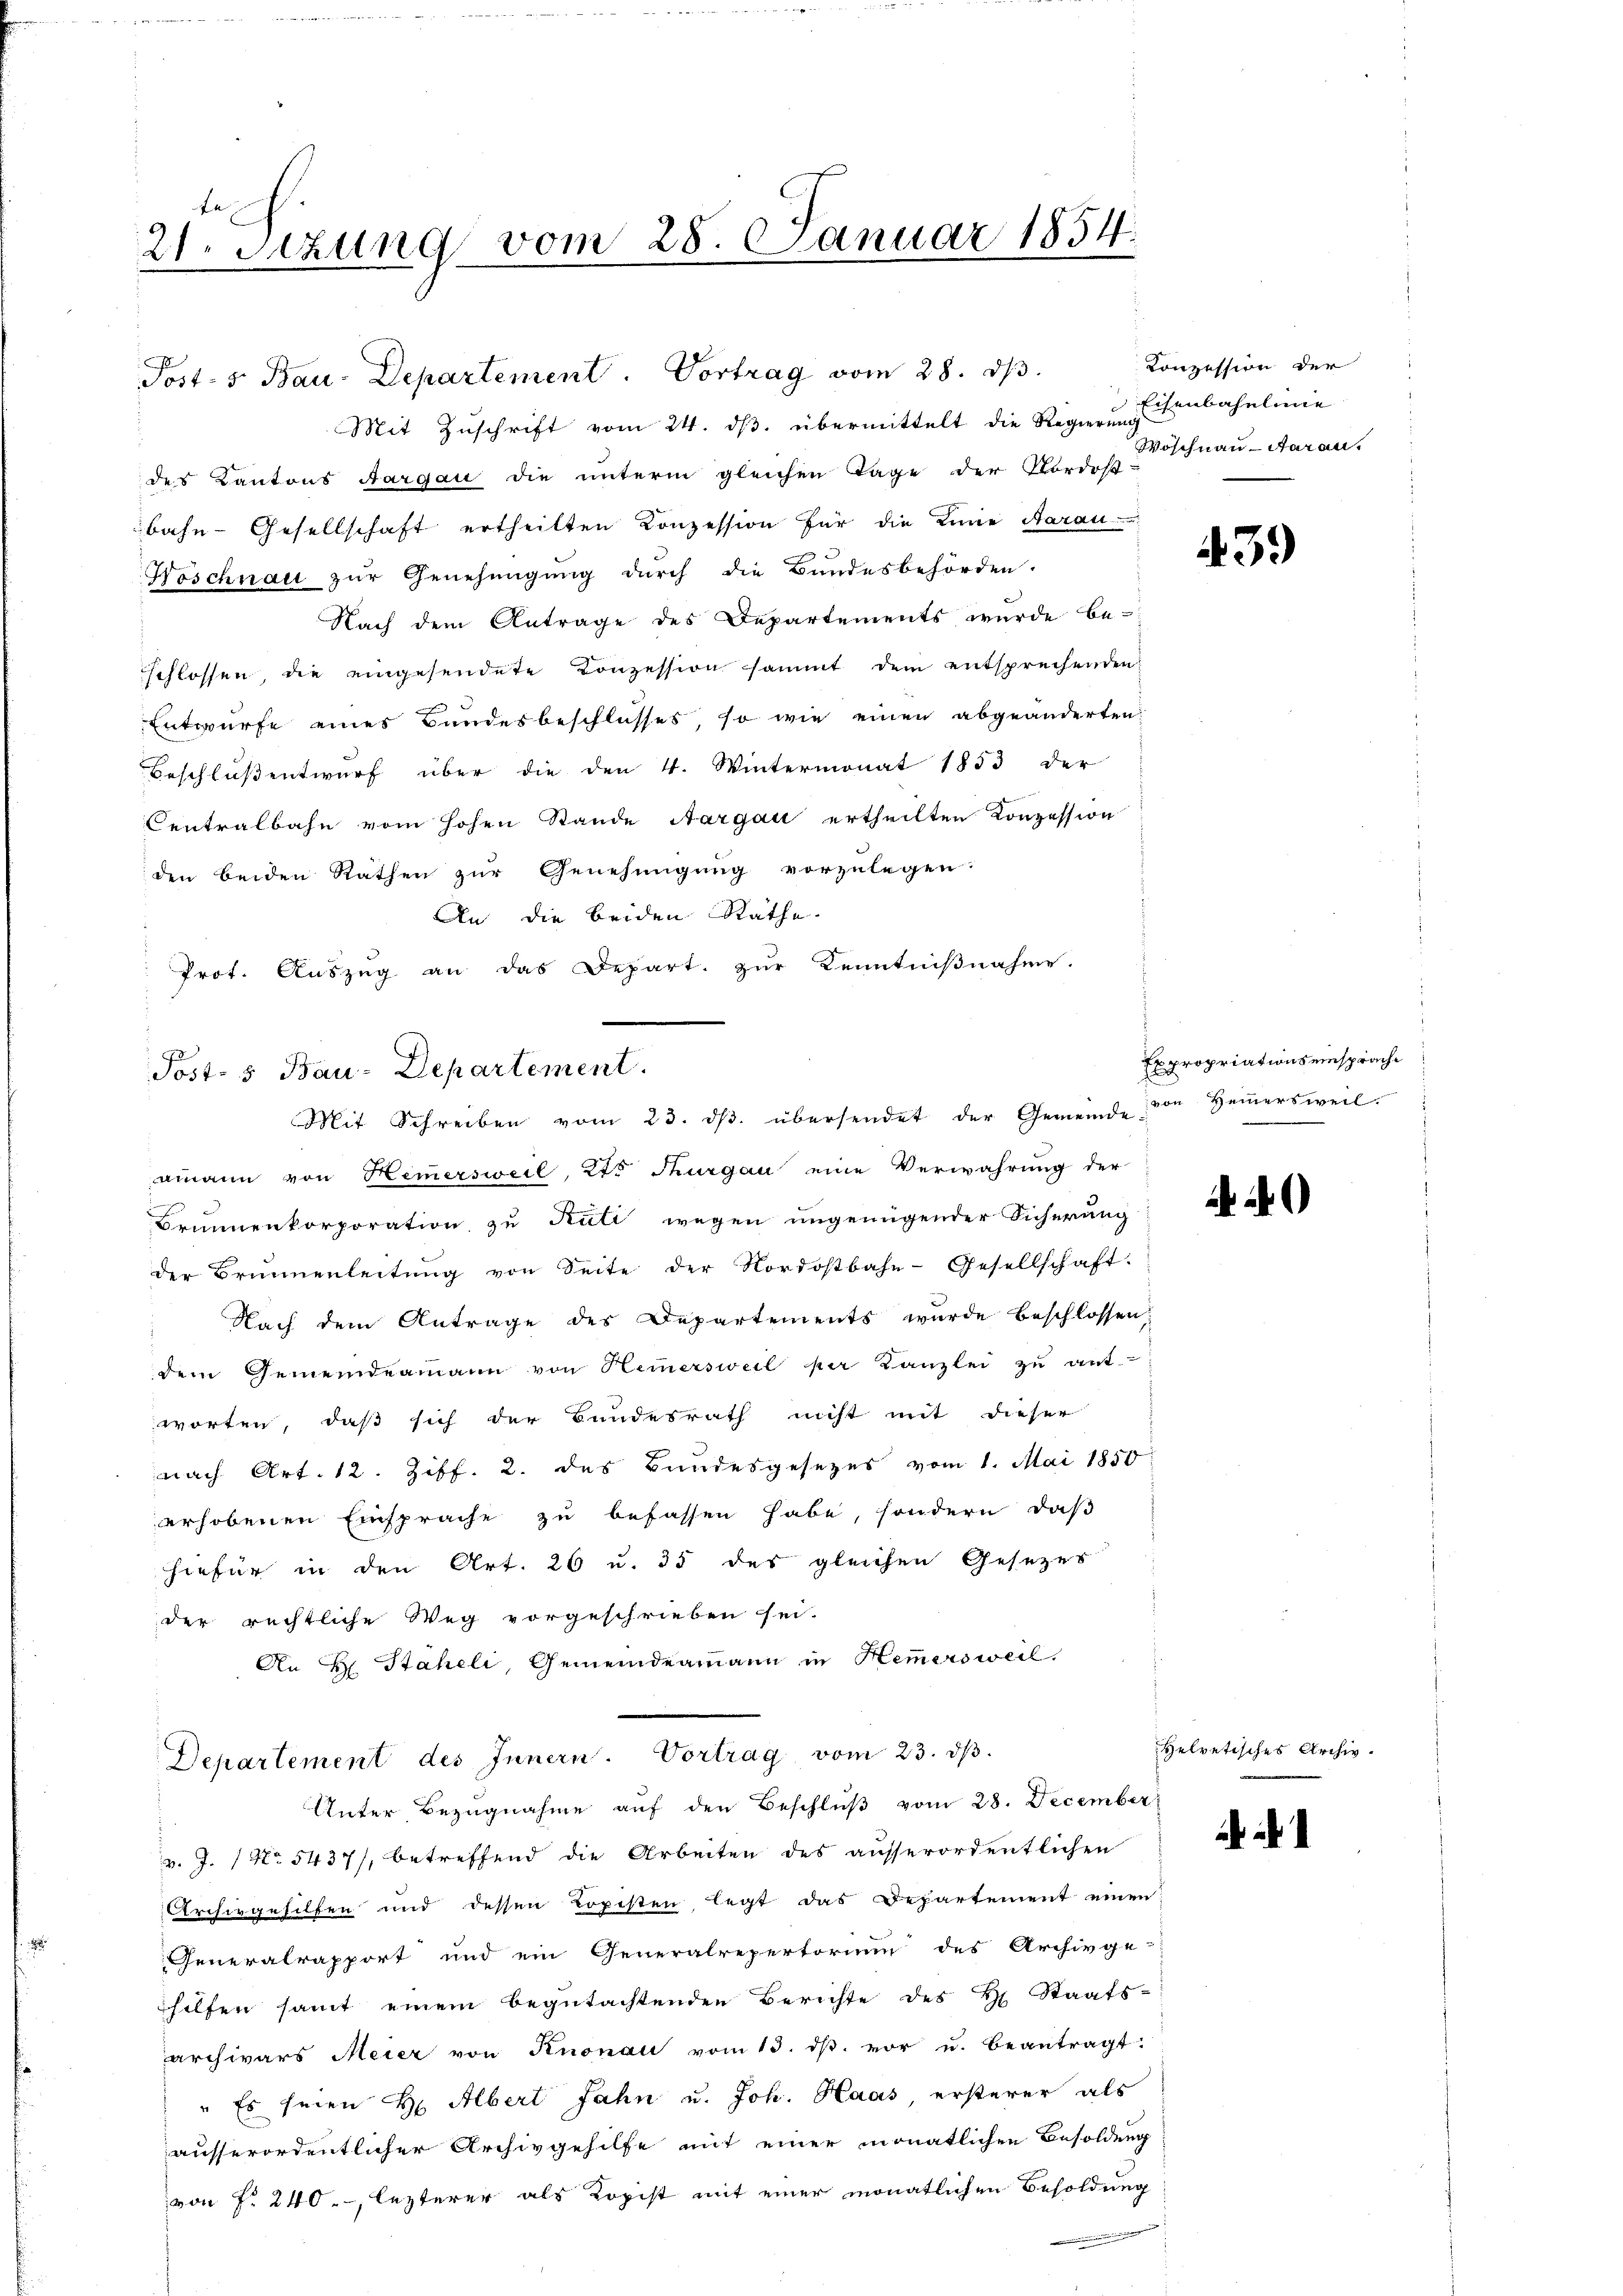
21. Setzung vom 28. Januar 1854.

Mit Zuschrift vom 24. ds. übermittelt die Regierungenbahnlinie
des Kantons Aargau die unterm gleichen Tage der Nordost
bahn-Gesellschaft ertheilten Konzession für die Linie Aarau
Doschnau zur Genehmigung durch die Bundesbehörden.
Nach dem Antrage des Departements wurde be-
schlossen, die eingesendete Conzession sammt dem entsprechenden
Entwurfe eines Bundesbeschlusses, so wie einen abgeänderten
Beschluß entwurf über die den 4. Wintermonat 1853 der
Centralbahn vom hohen Stande Aargau ertheilten Konzession
den beiden Rathen zur Genehmigung vorzulegen.
An die beiden Räthe.
Prot. Auszug an das Depart. zur Kenntnißnahme.
amann von Hemersweil, 25 Thurgau eine Verwahrung der
Brunnenkorporation zu Rüti wegen ungenügender Sicherung
der Brunnenleitung von Seite der Nordostbahn-Gesellschaft.
 Nach dem Antrage des Departements wurde beschlossen,
dem Gemeindeamann von Hemersweil vor Kanzlei zu ant-
worten, daß sich der Bundesrath nicht mit dieser
nach Art. 12. Ziff. 2. des Bundesgesezes vom 1. Mai 1850
erhobenen Einsprache zu befassen habe, sondern, daß
hiefür in den Art. 26 u. 35 des gleichen Gesezes
der rechtliche Weg vorgeschrieben sei.
An H. Staheli, Gemeindeammann in Hemersweil.
Departement des Innern. Vortrag vom 23. ds.
Unter Bezugnahme auf den Beschluß vom 28. December
v. J. No 5437), betreffend die Arbeiten des ausserordentlichen
Archivgehilten und dessen Kopisten legt das Departement einen
Generalrapport und ein Generalrepertorium des Archivge-
helfen samt einem begutachtenden Berichte des H. Staats-
archivars Meier von Knonau vom 13. dβ. vor u. beantragt.
" Es seien H. Albert Jahn u. Joh. Haas, ersterer als
ausserordentlicher Archivgehilfe mit einer monatlichen Besoldung
von f. 240, lezterer als Kopist mit einer monatlichen Besoldung

Post- 5. Bau-Departement. Vortrag vom 28. dβ.

Post- & Bau-Departement.
Mit Schreiben vom 23. dβ. übersendet der Gemeinde von Hamersweil.

Konzession der
Woschnau-Saran.

439)

Expropriations einsprache

Helvetisches Archiv.